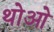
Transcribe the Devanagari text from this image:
थोआे